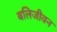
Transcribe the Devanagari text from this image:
बलिजीवन